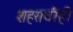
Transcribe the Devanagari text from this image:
शहराचीही